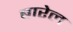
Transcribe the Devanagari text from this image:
बारेल